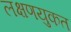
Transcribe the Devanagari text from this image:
लक्षणयुकत